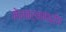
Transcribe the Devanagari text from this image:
मेलबर्नमध्येच